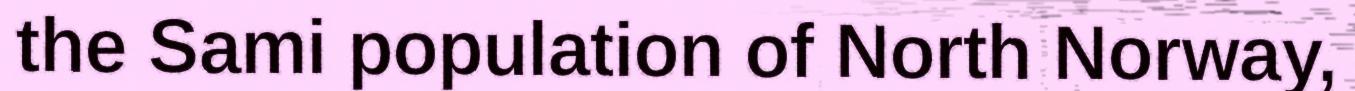
the Sami population of North Norway,